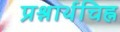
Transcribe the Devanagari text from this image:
प्रश्नार्थचिह्न